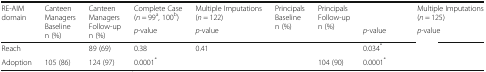
<table><thead><tr><td rowspan="2"><b>RE-AIM domain</b></td><td rowspan="2"><b>Canteen ManagersBaselinen (%)</b></td><td rowspan="2"><b>Canteen ManagersFollow-up n (%)</b></td><td><b>Complete Case(<i>n</i> = 99<sup>a</sup>, 100<sup>b</sup>)</b></td><td><b>Multiple Imputations (<i>n</i> = 122)</b></td><td rowspan="2"><b>Principals Baselinen (%)</b></td><td rowspan="2"><b>PrincipalsFollow-up n (%)</b></td><td>[EMPTY_CELL]</td><td><b>Multiple Imputations (<i>n</i> = 125)</b></td></tr><tr><td><b><i>p</i>-value</b></td><td><b><i>p</i>-value</b></td><td><b><i>p</i>-value</b></td><td><b><i>p</i>-value</b></td></tr></thead><tbody><tr><td>Reach</td><td>[EMPTY_CELL]</td><td>89 (69)</td><td>0.38</td><td>0.41</td><td>[EMPTY_CELL]</td><td>[EMPTY_CELL]</td><td>0.034<sup>*</sup></td><td>[EMPTY_CELL]</td></tr><tr><td>Adoption</td><td>105 (86)</td><td>124 (97)</td><td>0.0001<sup>*</sup></td><td>[EMPTY_CELL]</td><td>[EMPTY_CELL]</td><td>104 (90)</td><td>0.0001<sup>*</sup></td><td>[EMPTY_CELL]</td></tr></tbody></table>